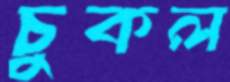
চুকল